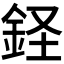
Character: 𫒔